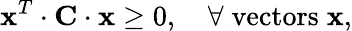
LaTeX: {\mathbf x}^{T}\cdot{\mathbf C}\cdot{\mathbf x}\geq 0,\quad\forall\; \mathrm{vectors}\; {\mathbf x},